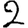
Digit: 2